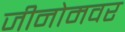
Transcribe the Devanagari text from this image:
जीनोमवर